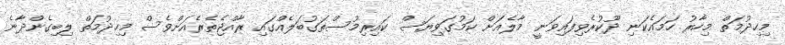
މިހިދުމަތް މިހާރު ހަމައެކަނި ދޫކުރެވިފައިވަނީ މާލެއަށް ކަމުގަވިޔަސް ކައިރިމުސްތަގުބަލެއްގައި ރާއްޖެތެރެއަށްވެސް މިހިދުމަތް ލިބިގެންދާނެ